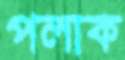
পলাক